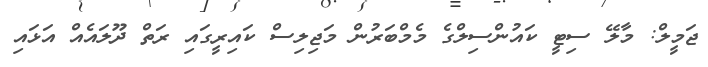
ޖަމީލް: މާލޭ ސިޓީ ކައުންސިލްގެ މެމްބަރުން މަޖިލިސް ކައިރީގައި ރަތް ދޫލައެއް އަޅައި